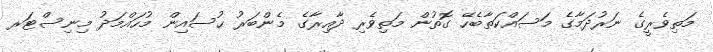
މަތިވެރީގެ ނަރުދަމާގެ މަސައްކަތާބެހޭ ގޮތުން މަތިވެރި ދާއިރާގެ މެންބަރު ޙުސައިން މުހައްމަދު މިނިސްޓަރ